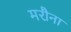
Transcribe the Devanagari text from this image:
मरौना